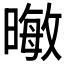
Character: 𪱃